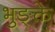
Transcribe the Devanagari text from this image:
भुङ्क्ते